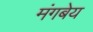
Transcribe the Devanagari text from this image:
मंगबेय